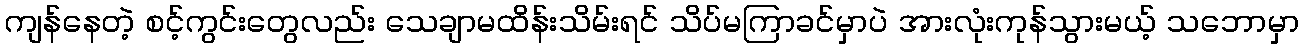
ကျန်နေတဲ့ စင့်ကွင်းတွေလည်း သေချာမထိန်းသိမ်းရင် သိပ်မကြာခင်မှာပဲ အားလုံးကုန်သွားမယ့် သဘောမှာ